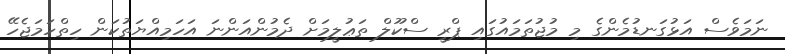
ނަމަވެސް އަޅުގަނޑުމެންގެ މި މުޖުތަމައުގައި ޕްރީ ސްކޫލް ތަޢުލީމަށް ދެމުންއަންނަ އަހަމިއްޔަތުކަން ހިތްހަމަޖެހޭ